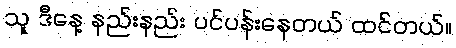
သူ ဒီနေ့ နည်းနည်း ပင်ပန်းနေတယ် ထင်တယ်။